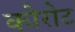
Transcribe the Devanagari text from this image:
कोरोट